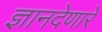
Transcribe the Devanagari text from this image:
ज्ञानदेणारें